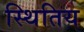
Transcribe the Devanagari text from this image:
स्थितिय